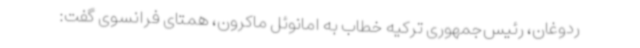
ردوغان، رئیس‌جمهوری ترکیه خطاب به امانوئل ماکرون، همتای فرانسوی گفت: